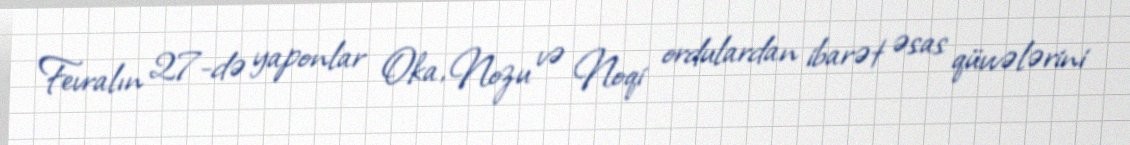
Fevralın 27-də yaponlar Oka, Nozu və Noqi ordulardan ibarət əsas qüvvələrini